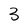
Character: 3